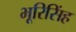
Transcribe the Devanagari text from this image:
भूरिसिंह